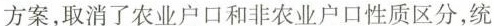
方案，取消了农业户口和非农业户口性质区分，统